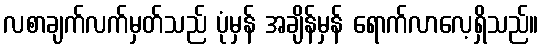
လစာချက်လက်မှတ်သည် ပုံမှန် အချိန်မှန် ရောက်လာလေ့ရှိသည်။